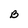
Character: B